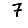
Digit: 7